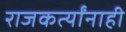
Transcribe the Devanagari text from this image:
राजकर्त्यांनाही